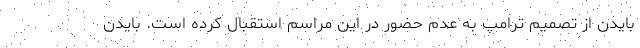
بایدن از تصمیم ترامپ به عدم حضور در این مراسم استقبال کرده است. بایدن